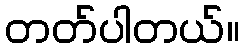
တတ်ပါတယ်။